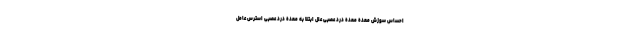
احساس سوزش معده معده درد عصبی علل ابتلا به معده درد عصبی استرس عامل